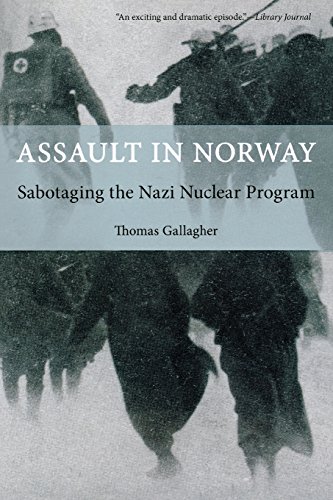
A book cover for Assault in Norway: Sabotaging The Nazi Nuclear Program; Thomas Gallagher; History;